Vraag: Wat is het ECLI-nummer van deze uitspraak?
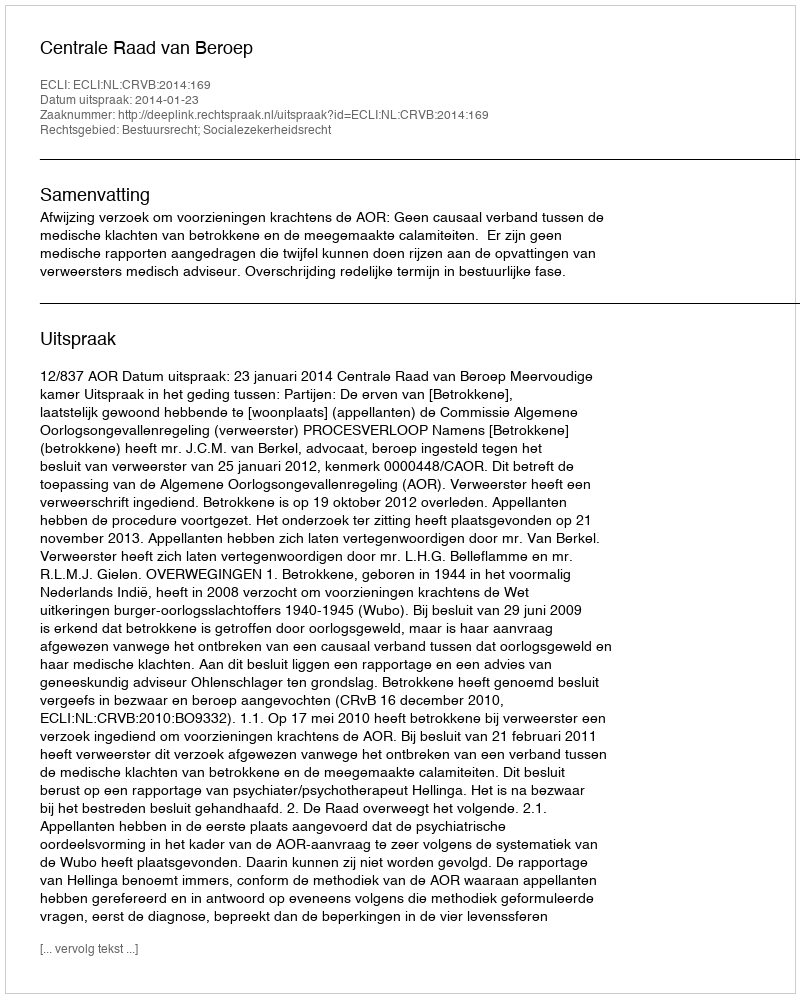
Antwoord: ECLI:NL:CRVB:2014:169